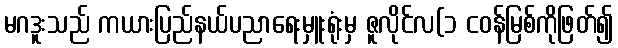
မဂဒူးသည် ကယားပြည်နယ်ပညာရေးမှူးရုံးမှ ဇူလိုင်လ(၁ ငဝန်မြစ်ကိုဖြတ်၍